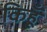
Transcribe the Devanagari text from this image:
किहूँ